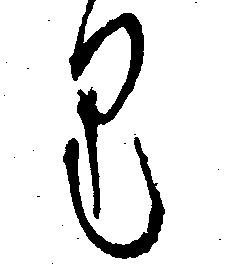
り